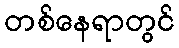
တစ်နေရာတွင်